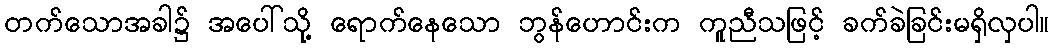
တက်သောအခါ၌ အပေါ်သို့ ရောက်နေသော ဘွန်ဟောင်းက ကူညီသဖြင့် ခက်ခဲခြင်းမရှိလှပါ။